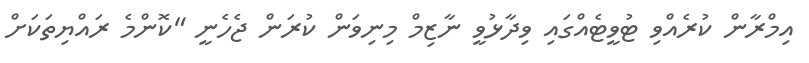
އިމްރާން ކުރެއްވި ޓުވީޓެއްގައި ވިދާޅުވީ ނާޒިމް މިނިވަން ކުރަން ޖެހެނީ "ކޮންމެ ރައްޔިތަކަށް